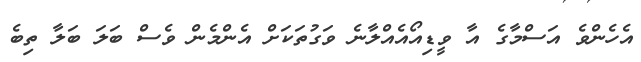
އެހެންވެ އަސްމާގެ އާ ވީޑިއޯއެއްލާނެ ވަގުތަކަށް އެންމެން ވެސް ބަލަ ބަލާ ތިބެ